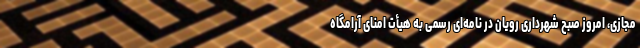
مجازی، امروز صبح شهرداری رویان در نامه‌ای رسمی به هیأت امنای آرامگاه